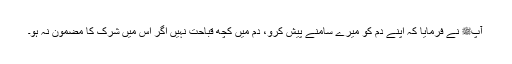
آپﷺ نے فرمایا کہ اپنے دم کو میرے سامنے پیش کرو، دم میں کچھ قباحت نہیں اگر اس میں شرک کا مضمون نہ ہو۔